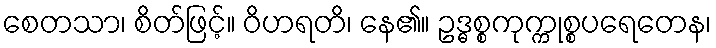
စေတသာ၊ စိတ်ဖြင့်။ ဝိဟရတိ၊ နေ၏။ ဥဒ္ဓစ္စကုက္ကုစ္စပရေတေန၊